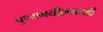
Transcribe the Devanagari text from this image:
पुण्यमयीएकादशी